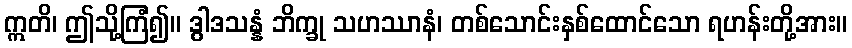
ဣတိ၊ ဤသို့ကြံ၍။ ဒွါဒသန္နံ ဘိက္ခု သဟဿာနံ၊ တစ်သောင်းနှစ်ထောင်သော ရဟန်းတို့အား။